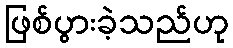
ဖြစ်ပွားခဲ့သည်ဟု